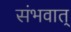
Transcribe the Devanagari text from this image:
संभवात्‌